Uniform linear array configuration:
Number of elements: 8
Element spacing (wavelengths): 0.75
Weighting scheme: uniform
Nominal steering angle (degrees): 45
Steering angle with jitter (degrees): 43.469
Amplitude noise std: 0.05
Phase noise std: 0.05

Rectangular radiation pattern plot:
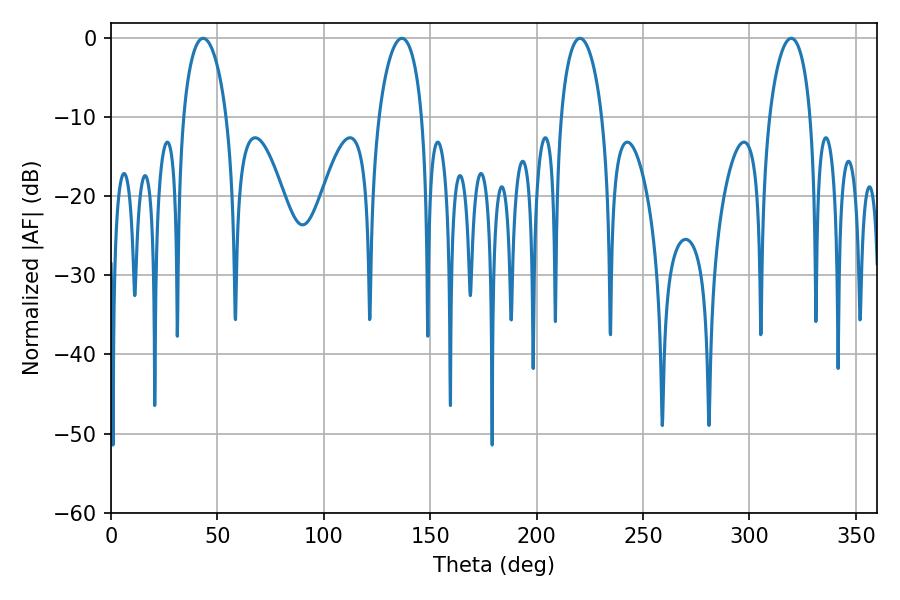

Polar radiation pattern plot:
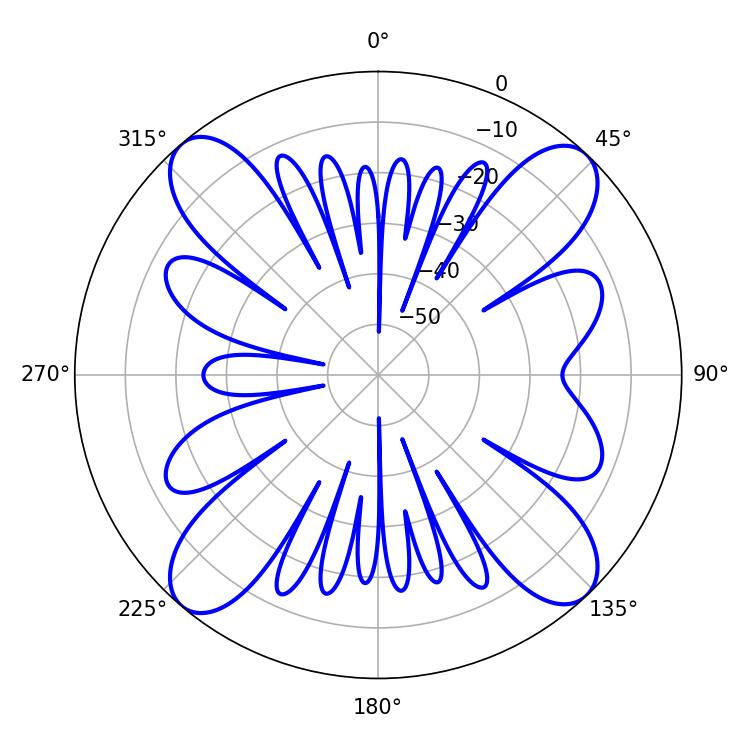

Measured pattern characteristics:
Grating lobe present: TRUE
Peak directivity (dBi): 17.21
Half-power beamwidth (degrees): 10.98
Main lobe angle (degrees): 220.32